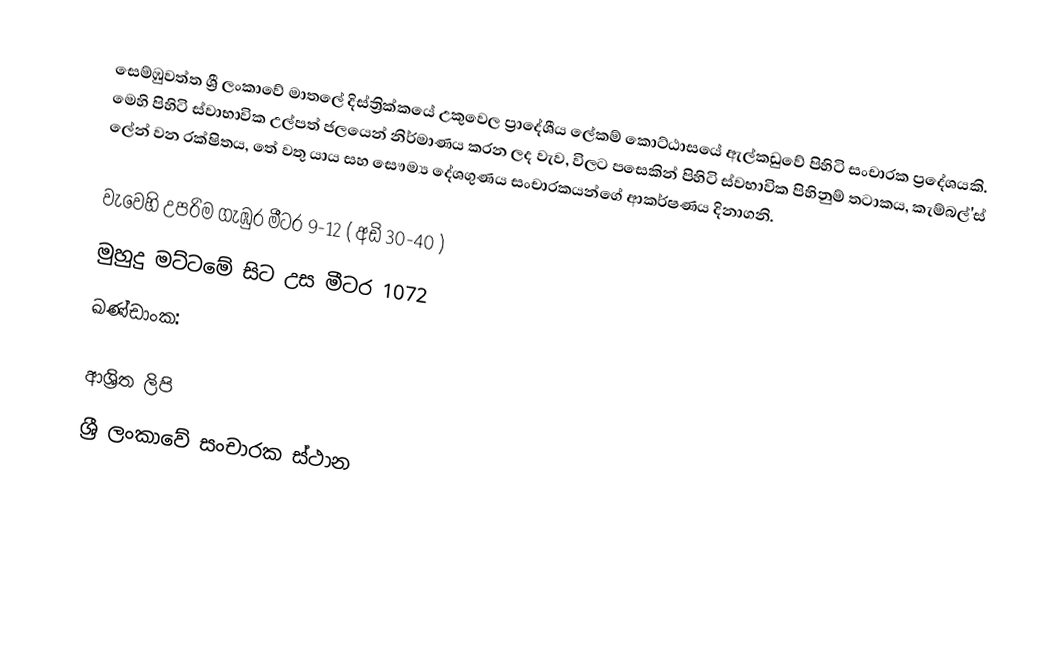
සෙම්ඹුවත්ත ශ්‍රී ලංකාවේ මාතලේ දිස්ත්‍රික්කයේ උකුවෙල ප්‍රාදේශීය ලේකම් කොට්ඨාසයේ ඇල්කඩුවේ පිහිටි සංචාරක ප්‍රදේශයකි. මෙහි පිහිටි ස්වාභාවික උල්පත් ජලයෙන් නිර්මාණය කරන ලද වැව, විලට පසෙකින් පිහිටි ස්වභාවික පිහිනුම් තටාකය, කැම්බල්'ස් ලේන් වන රක්ෂිතය, තේ වතු යාය සහ සෞම්‍ය දේශගුණය සංචාරකයන්ගේ ආකර්ෂණය දිනාගනි.

වැවෙහි උපරිම ගැඹුර මීටර 9-12 ( අඩි 30-40 )
මුහුදු මට්ටමේ සිට උස මීටර 1072
ඛණ්ඩාංක:

ආශ්‍රිත ලිපි
ශ්‍රී ලංකාවේ සංචාරක ස්ථාන